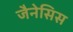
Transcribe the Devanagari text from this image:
जैनेसिस